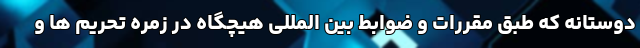
دوستانه که طبق مقررات و ضوابط بین المللی هیچگاه در زمره تحریم ها و